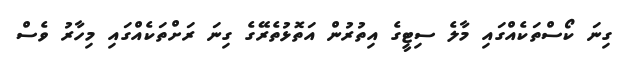
ގިނަ ކޯސްތަކެއްގައި މާލެ ސިޓީގެ އިތުރުން އަތޮޅުތެރޭގެ ގިނަ ރަށްތަކެއްގައި މިހާރު ވެސް